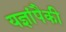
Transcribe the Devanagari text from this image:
यज्ञांपैकी